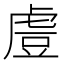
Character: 䖒